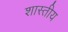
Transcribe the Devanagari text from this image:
शास्तीय